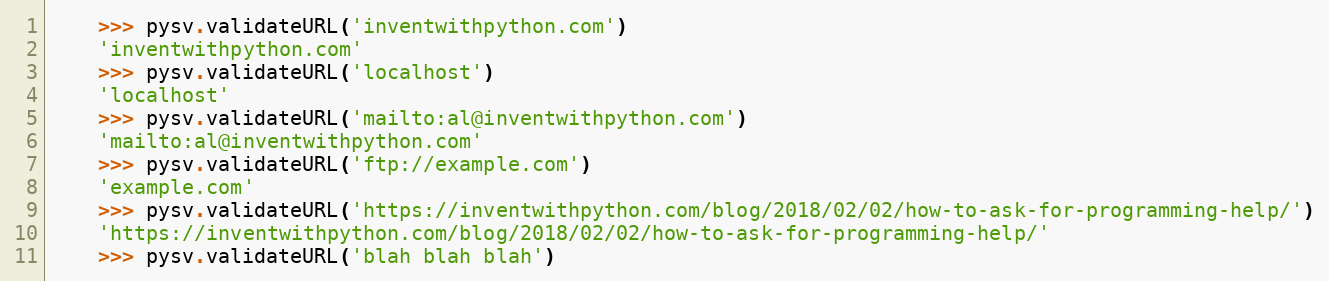
Language: Python
    >>> pysv.validateURL('inventwithpython.com')
    'inventwithpython.com'
    >>> pysv.validateURL('localhost')
    'localhost'
    >>> pysv.validateURL('mailto:al@inventwithpython.com')
    'mailto:al@inventwithpython.com'
    >>> pysv.validateURL('ftp://example.com')
    'example.com'
    >>> pysv.validateURL('https://inventwithpython.com/blog/2018/02/02/how-to-ask-for-programming-help/')
    'https://inventwithpython.com/blog/2018/02/02/how-to-ask-for-programming-help/'
    >>> pysv.validateURL('blah blah blah')